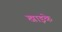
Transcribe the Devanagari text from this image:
खाइके